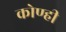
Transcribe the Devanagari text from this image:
कोण्ही